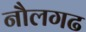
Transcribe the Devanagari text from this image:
नौलगढ